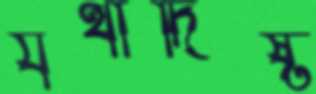
যথাদিষ্ট